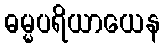
ဓမ္မပရိယာယေန